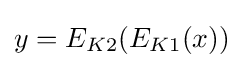
y=E_{K2}(E_{K1}(x))